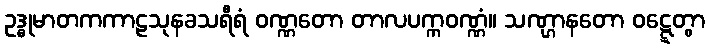
ဥဒ္ဓုမာတကကာဠသုနခသရီရံ ဝဏ္ဏတော တာလပက္ကဝဏ္ဏံ။ သဏ္ဌာနတော ဝဋ္ဋေတွာ